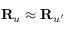
{ \bf R } _ { u } \approx { \bf R } _ { u ^ { \prime } }